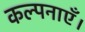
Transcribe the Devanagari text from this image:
कल्पनाएँ।